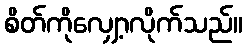
စိတ်ကိုလျှော့လိုက်သည်။